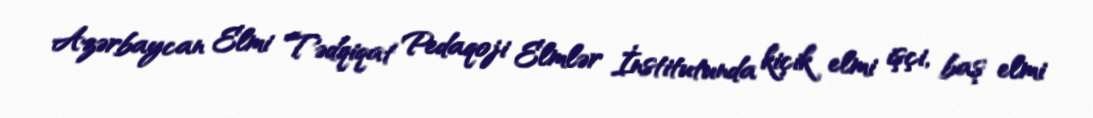
Azərbaycan Elmi Tədqiqat Pedaqoji Elmlər İnstitutunda kiçik elmi işçi, baş elmi